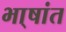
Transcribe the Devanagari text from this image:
भा्षांत